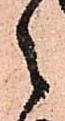
之